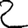
Digit: 2